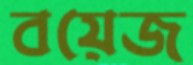
বয়েজ